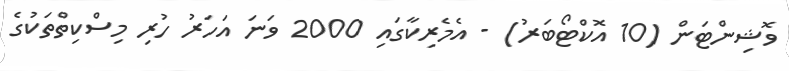
ވޮޝިންޓަން (10 އޮކްޓޯބަރު) - އެމެރިކާގައި 2000 ވަނަ އަހަރު ހުރި މިސްކިތްތަކުގެ